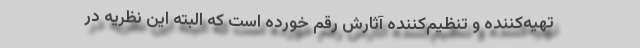
تهیه‌کننده و تنظیم‌کننده آثارش رقم خورده است که البته این نظریه در